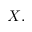
X ,